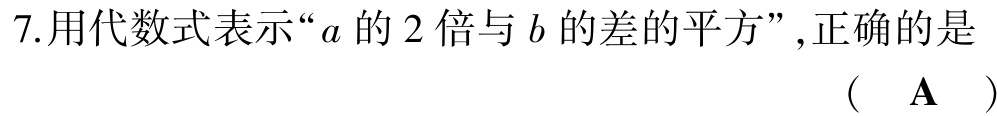
7.用代数式表示“\(a\)的\(2\)倍与\(b\)的差的平方”,正确的是

（  \(\mathbf{A}\)  ）